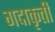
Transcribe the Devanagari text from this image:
गदाकृती